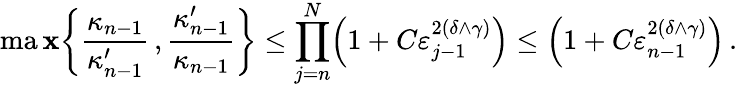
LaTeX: \operatorname*{ma\mathbf{x}}\biggl\{ \frac{{\kappa_{n-1}}}{{\kappa_{n-1}^{\prime}}}\, ,\frac{{\kappa_{n-1}^{\prime}}}{{\kappa_{n-1}}}\biggr\} \leq\prod_{j=n}^{N}\Bigl(1+C\varepsilon_{j-1}^{2(\delta\wedge\gamma)}\Bigr)\leq\Bigl(1+C\varepsilon_{n-1}^{2(\delta\wedge\gamma)}\Bigr)\, .